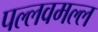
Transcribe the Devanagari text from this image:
पल्लवमल्ल